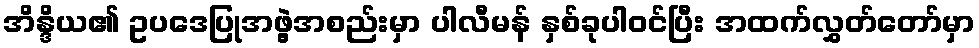
အိန္ဒိယ၏ ဥပဒေပြုအဖွဲ့အစည်းမှာ ပါလီမန် နှစ်ခုပါဝင်ပြီး အထက်လွှတ်တော်မှာ